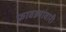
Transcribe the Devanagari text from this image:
फावड्यांवारी